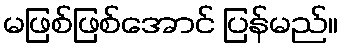
မဖြစ်ဖြစ်အောင် ပြန်မည်။